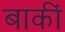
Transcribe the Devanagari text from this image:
बाकीं